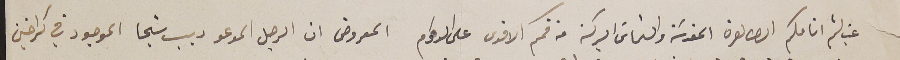
غب لثم انامكم الطاهرة المقدسَة والتماسَ البركة من فمكم الاقدس على الدوام المعروض ان الرجل المدعو ديب شيحا الموجود في كراخين